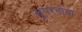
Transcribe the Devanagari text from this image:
सूपरनोवा